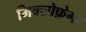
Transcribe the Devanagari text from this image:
मिक्सोफ़ेगा